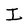
Character: I